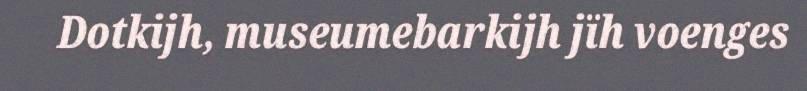
Dotkijh, museumebarkijh jïh voenges